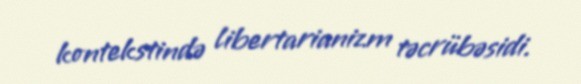
kontekstində libertarianizm təcrübəsidi.